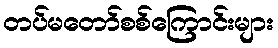
တပ်မတော်စစ်ကြောင်းများ